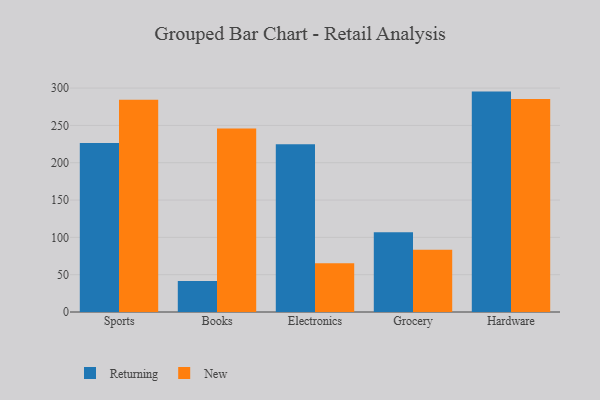
{"axis": {"x": "Category", "y": "Temperature (°C)"}, "legend": ["New", "Returning"], "data": [{"x": "Sports", "y": 226.3, "type": "Returning"}, {"x": "Sports", "y": 284.3, "type": "New"}, {"x": "Books", "y": 41.6, "type": "Returning"}, {"x": "Books", "y": 245.8, "type": "New"}, {"x": "Electronics", "y": 224.8, "type": "Returning"}, {"x": "Electronics", "y": 65.3, "type": "New"}, {"x": "Grocery", "y": 106.8, "type": "Returning"}, {"x": "Grocery", "y": 83.5, "type": "New"}, {"x": "Hardware", "y": 295.3, "type": "Returning"}, {"x": "Hardware", "y": 285.4, "type": "New"}]}